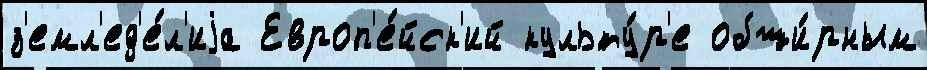
з'емл'ед'е́л'иjа Европ'е́йск'ий культу́р'е обши́рным